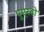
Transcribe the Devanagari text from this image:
पुएरटो